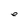
Character: e